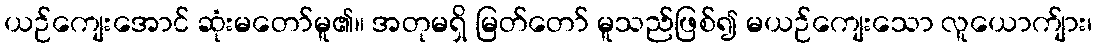
ယဉ်ကျေးအောင် ဆုံးမတော်မူ၏။ အတုမရှိ မြတ်တော် မူသည်ဖြစ်၍ မယဉ်ကျေးသော လူယောက်ျား၊